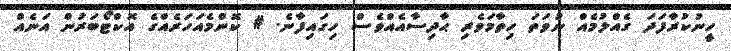
ހީނުކުރާފަދަ ގެއްލުމެއް ނުވަތަ ހިތާމަވެރި ޙާދިސާއެއްވެސް ހިގައިފާނެ. # ކޮންމެއަހަރެއްގެ އޮކްޓޯބަރުން އަނެއް